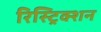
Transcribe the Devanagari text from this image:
रिस्ट्रिक्शन